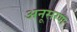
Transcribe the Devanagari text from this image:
अनूसरण